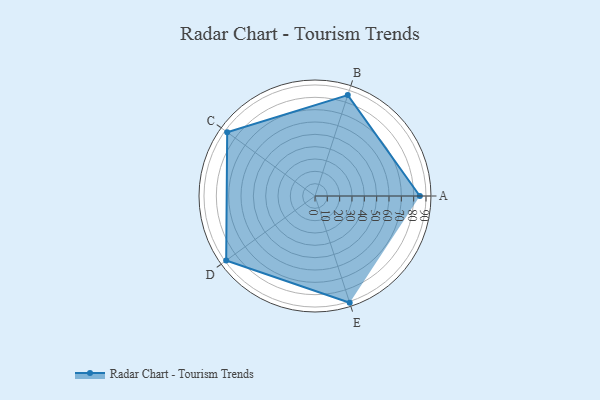
{"axis": {"x": "Skill", "y": "Score"}, "legend": ["Profile"], "data": [{"x": "A", "y": 85.0, "type": "Profile"}, {"x": "B", "y": 86.0, "type": "Profile"}, {"x": "C", "y": 88.0, "type": "Profile"}, {"x": "D", "y": 89.0, "type": "Profile"}, {"x": "E", "y": 91.0, "type": "Profile"}]}